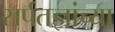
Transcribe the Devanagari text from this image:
सर्पतज्ञांच्या